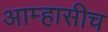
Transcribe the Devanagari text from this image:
आम्हासीच